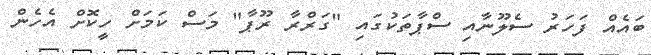
ބައެއް ފަހަރު ސެލޫނާއި ސްޕާތަކުގައި "ގަރްރާ ރޫޕާ" މަސް ކަމަށް ހީކޮށް އެހެން